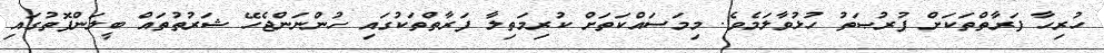
ހުރިހާ ފަރާތްތަކަށް ފުރުޞަތު ހުޅުވާލަމެވެ. މިމަސައްކަތަށް ކުރިމަތިލާ ފަރާތްތަކުގައި ހުންނަންޖެހޭ ޝަރުތުތައް ބީލަންފޮތުގައި